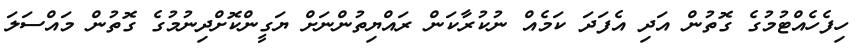
ހިފެހެއްޓުމުގެ ގޮތުން އަދި އެފަދަ ކަމެއް ނުކުރާކަން ރައްޔިތުންނަށް ޔަގީންކޮށްދިނުމުގެ ގޮތުން މައްސަލަ